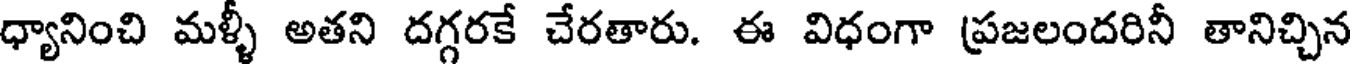
ధ్యానించి మళ్ళీ అతని దగ్గరకే చేరతారు. ఈ విధంగా ప్రజలందరినీ తానిచ్చిన